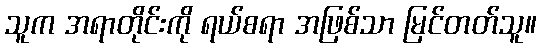
သူက အရာတိုင်းကို ရယ်စရာ အဖြစ်သာ မြင်တတ်သူ။